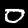
Label: 0